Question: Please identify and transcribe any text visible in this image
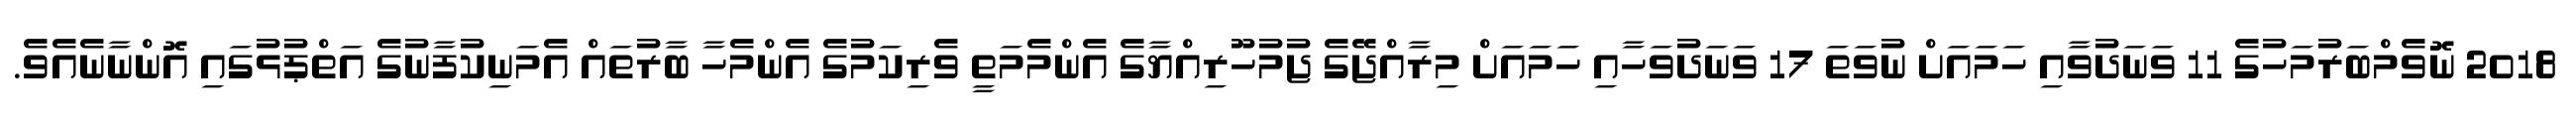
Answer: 2018 ނޮވެމްބަރުމަހުގެ 11 ވަނަދުވާއި ހަމައަށް ނުވަތަ 17 ވަނަދުވަހާއި ހަމައަށް މިރާއްޖޭގެ ޖުމުހޫރިއްޔާގެ އެންމެމަތީ ވެރިކަމުގެ އެންމެހާ ބާރުތައް އެމަނިކުފާނުގެ އަތްޕުޅުގައި އޮންނާނެއެވެ.